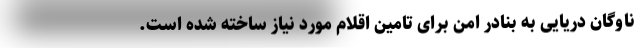
ناوگان دریایی به بنادر امن برای تامین اقلام مورد نیاز ساخته شده است.